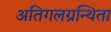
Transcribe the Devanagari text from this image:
अतिगलग्रन्थिता